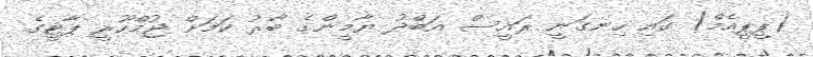
(ޕީޕީއެމް) ގައި ހިނގަނީ ރައީސް އަބްދު ޔާމީންގެ ބާރު ކަމަށް ޖުމްހޫރީ ޕާޓީގެ